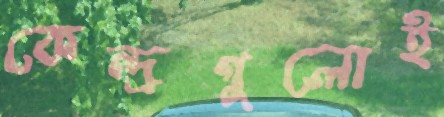
কেন্দ্রগুলোই